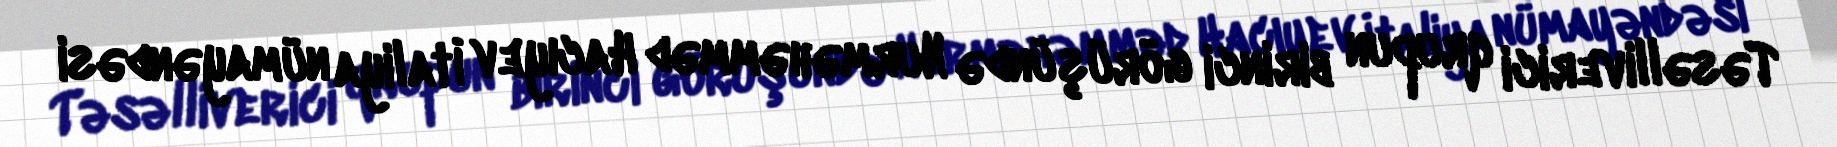
Təsəlliverici qrupun birinci görüşündə Nurməhəmməd Hacıyev İtaliya nümayəndəsi